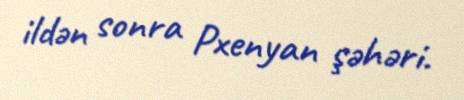
ildən sonra Pxenyan şəhəri.